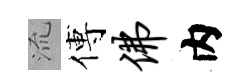
𣴑傅佛内